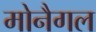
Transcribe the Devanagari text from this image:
मोनैगल